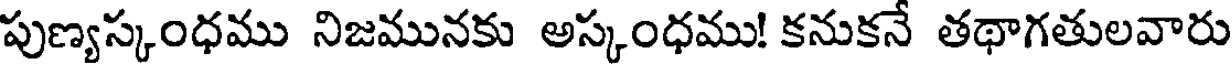
పుణ్యస్కంధము నిజమునకు అస్కంధము! కనుకనే తథాగతులవారు